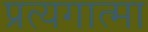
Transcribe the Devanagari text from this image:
प्रत्यगात्मा